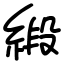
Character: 緞